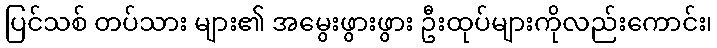
ပြင်သစ် တပ်သား များ၏ အမွေးဖွားဖွား ဦးထုပ်များကိုလည်းကောင်း၊